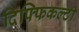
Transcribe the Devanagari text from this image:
दिफ्फिकल्टी